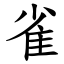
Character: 雀